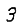
Digit: 3